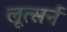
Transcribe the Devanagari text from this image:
लूत्सर्न